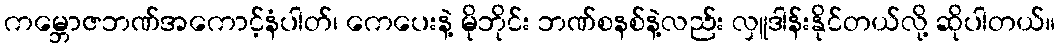
ကမ္ဘောဇဘဏ်အကောင့်နံပါတ်၊ ကေပေးနဲ့ မိုဘိုင်း ဘဏ်စနစ်နဲ့လည်း လှူဒါန်းနိုင်တယ်လို့ ဆိုပါတယ်။